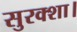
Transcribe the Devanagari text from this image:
सुरक्शा।